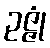
ဥဇ္ဇုံ